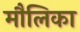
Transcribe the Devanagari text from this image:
मौलिका